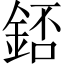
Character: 𨧆